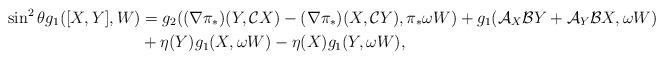
LaTeX: \begin{align*}\sin ^{2}\theta g_{1}([X,Y],W)&=g_{2}((\nabla \pi _{\ast })(Y,\mathcal{C}X)-(\nabla\pi _{\ast })(X,\mathcal{C}Y),\pi _{\ast }\omega W)+g_{1}(\mathcal{A}_{X}\mathcal{B}Y+\mathcal{A}_{Y}\mathcal{B}X,\omega W) \\&+\eta (Y)g_{1}(X,\omega W)-\eta (X)g_{1}(Y,\omega W),\end{align*}